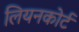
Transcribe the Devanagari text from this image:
लियनकोर्ट